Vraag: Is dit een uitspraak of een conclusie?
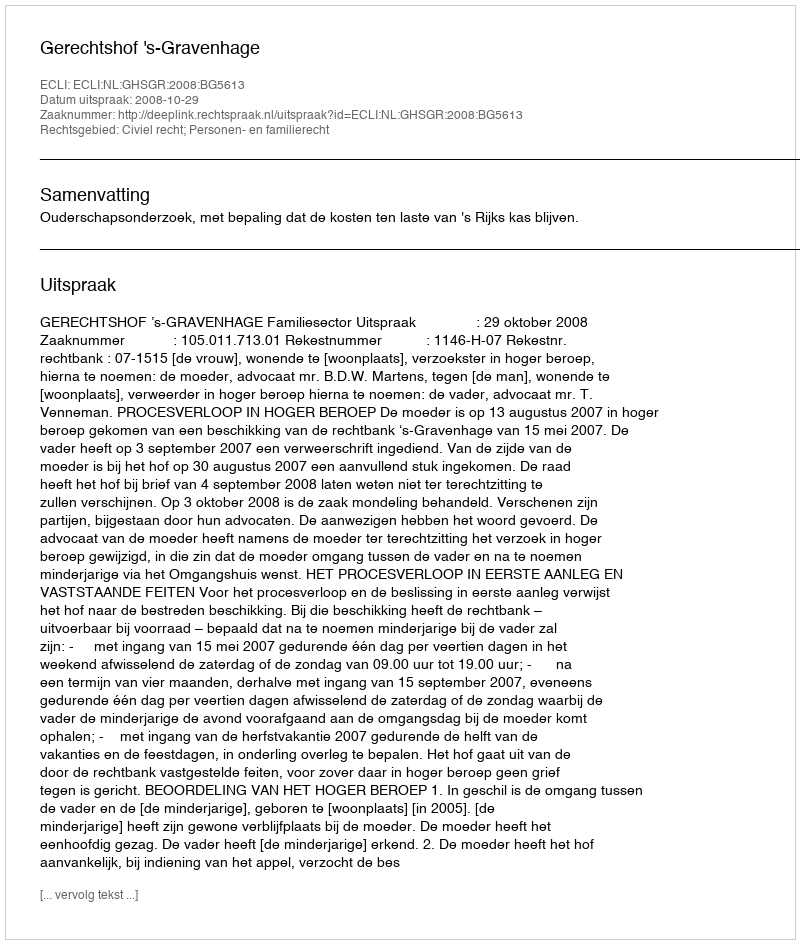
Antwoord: Uitspraak